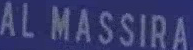
AL MASSIRA